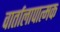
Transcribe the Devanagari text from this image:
वार्तालापात्मक